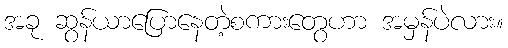
အခု ဆွန်ယာပြောနေတဲ့စကားတွေဟာ အမှန်ပဲလား။